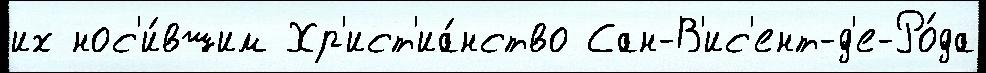
их нос'и́вшим Хр'ист'иа́нство Сан-В'ис'ент-д'е-Ро́да